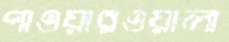
পাওয়ারওয়ালা